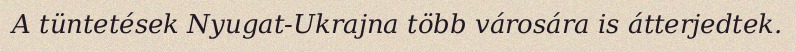
A tüntetések Nyugat-Ukrajna több városára is átterjedtek.